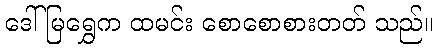
ဒေါ်မြရွှေက ထမင်း စောစောစားတတ် သည်။